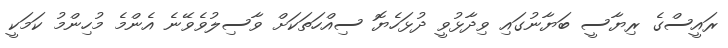
ރައީސްގެ ރިޔާސީ ބަޔާނުގައި ވިދާޅުވީ ދުޅަހެޔޮ ސިއްހަތަކަށް ވާސިލުވެވޭނެ އެންމެ މުހިންމު ކަމަކީ